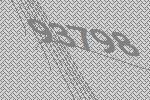
93798